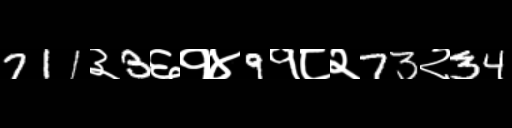
Text: 711३3६१४9१८२73२34